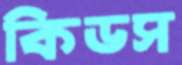
কিডস